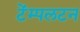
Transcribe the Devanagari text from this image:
टेंम्पलटन